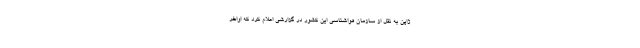
ژاپن به نقل از سازمان هواشناسی این کشور در گزارشی اعلام کرد که اواخر